Indian journal of veterinary science and animal husbandry - Volume 10,
Year: 1940
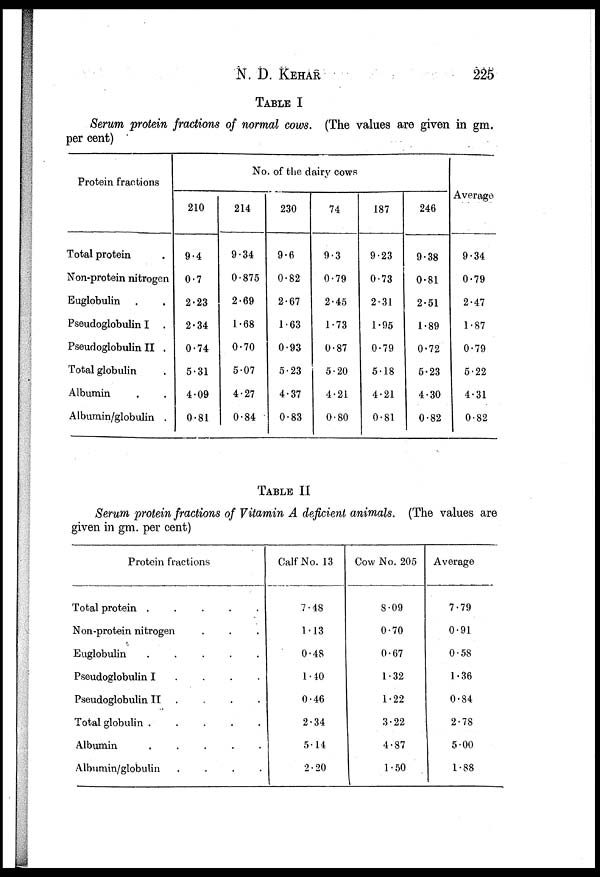
N. D. KEHAR 225
TABLE I
Serum protein fractions of normal cows. (The values are given in gm.
per cent)
Protein fractions
Total protein .
Non-protein nitrogen
Euglobulin . .
Pseudoglobulin I .
Pseudoglobulin II .
Total globulin .
Albumin . .
Albumin/globulin .
No. of the dairy cows
210
9.4
0.7
2.23
2.34
0.74
5.31
4.09
0.81
214
9.34
0.875
2.69
1.68
0.70
5.07
4.27
0.84
230
9.6
0.82
2.67
1.63
0.93
5.23
4.37
0.83
74
9.3
0.79
2.45
1.73
0.87
5.20
4.21
0.80
187
9.23
0.73
2.31
1.95
0.79
5.18
4.21
0.81
246
9.38
0.81
2.51
1.89
0.72
5.23
4.30
0.82
Average
9.34
0.79
2.47
1.87
0.79
5.22
4.31
0.82
TABLE II
Serum protein fractions of Vitamin A deficient animals. (The values are
given in gm. per cent)
Protein fractions
Total protein .
.
.
.
.
Non-protein nitrogen . . .
Euglobulin
.
.
.
.
.
Pseudoglobulin I . . . .
Pseudoglobulin II . . . .
Total globulin .
.
.
.
.
Albumin
.
.
.
.
.
Albumin/globulin
.
.
.
.
Calf No. 13
7.48
1.13
0.48
1.40
0.46
2.34
5.14
2.20
Cow No. 205
8.09
0.70
0.67
1.32
1.22
3.22
4.87
1.50
Average
7.79
0.91
0.58
1.36
0.84
2.78
5.00
1.88